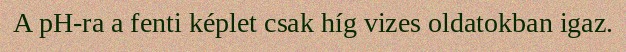
A pH-ra a fenti képlet csak híg vizes oldatokban igaz.